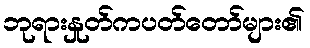
ဘုရားနှုတ်ကပတ်တော်များ၏